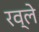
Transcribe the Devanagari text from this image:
रव्ले